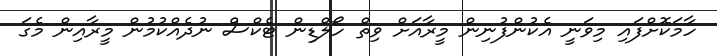
ހާމަކޮށްފައި މިވަނީ އެކުންފުނިން މީރާއަށް ވިތް ހޯލްޑިން ޓެކްސް ނުދެއްކުމުން މީރާއިން މެގަ